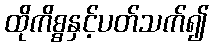
ထိုကိစ္စနှင့်ပတ်သက်၍